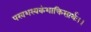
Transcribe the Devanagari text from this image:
परवशस्वकंशाक्तिसार्थः।।